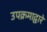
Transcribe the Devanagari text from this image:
उपक्रमाद्वारे